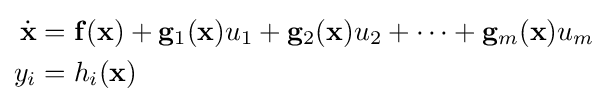
{\begin{aligned}{\dot {\mathbf {x} }}&=\mathbf {f} (\mathbf {x} )+\mathbf {g} _{1}(\mathbf {x} )u_{1}+\mathbf {g} _{2}(\mathbf {x} )u_{2}+\cdots +\mathbf {g} _{m}(\mathbf {x} )u_{m}\\y_{i}&=h_{i}(\mathbf {x} )\end{aligned}}